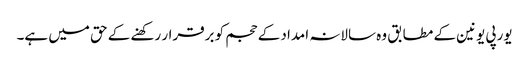
یورپی یونین کے مطابق وہ سالانہ امداد کے حجم کو برقرار رکھنے کے حق میں ہے۔